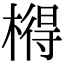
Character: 𣘱